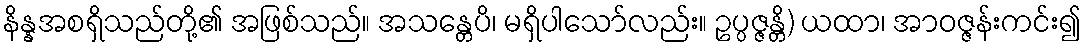
နိန္နအစရှိသည်တို့၏ အဖြစ်သည်။ အသန္တေပိ၊ မရှိပါသော်လည်း။ ဥပ္ပဇ္ဇန္တိ) ယထာ၊ အာဝဇ္ဇန်းကင်း၍